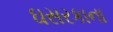
ઘસરકાના